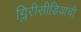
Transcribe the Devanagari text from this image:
ग्लिरीसीडियाची